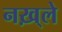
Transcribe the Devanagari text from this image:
नख़्ले